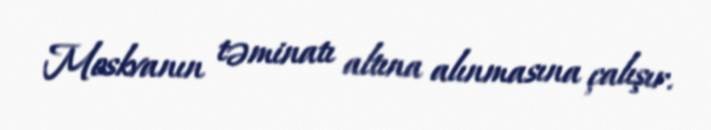
Moskvanın təminatı altına alınmasına çalışır.